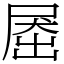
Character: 𡲗